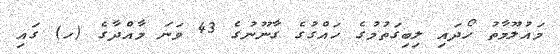
މައުލޫމާތު ހޯދައި ލިބިގަތުމުގެ ހައްގުގެ ގާނޫނުގެ 43 ވަނަ މާއްދާގެ (ހ) ގައި